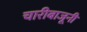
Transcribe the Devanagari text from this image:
चारीबाजूनी